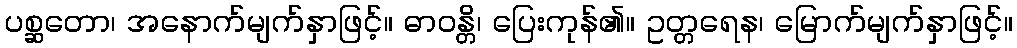
ပစ္ဆတော၊ အနောက်မျက်နှာဖြင့်။ ဓာဝန္တိ၊ ပြေးကုန်၏။ ဥတ္တရေန၊ မြောက်မျက်နှာဖြင့်။